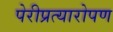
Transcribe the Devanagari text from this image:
पेरीप्रत्यारोपण